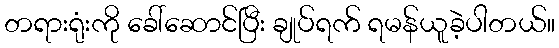
တရားရုံးကို ခေါ်ဆောင်ပြီး ချုပ်ရက် ရမန်ယူခဲ့ပါတယ်။